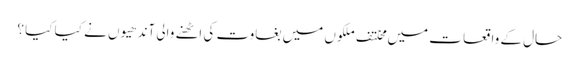
حال کے واقعا ت میں مخلتف ملکوں میں بغاوت کی اٹھنے والی آندھیوں نے کیا کیا ؟